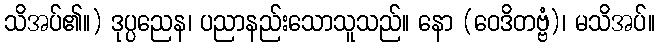
သိအပ်၏။) ဒုပ္ပညေန၊ ပညာနည်းသောသူသည်။ နော (ဝေဒိတဗ္ဗံ)၊ မသိအပ်။